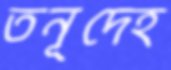
তনূদেহ